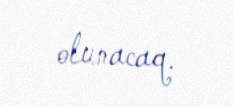
olunacaq.